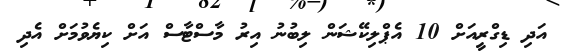
އަދި ޑިގްރީއަށް 10 އެޕްލިކޭޝަން ލިބުނު އިރު މާސްޓާސް އަށް ކިޔެވުމަށް އެދި